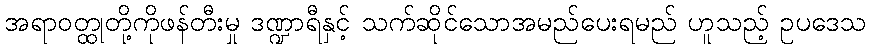
အရာဝတ္ထုတို့ကိုဖန်တီးမှု ဒဏ္ဍာရီနှင့် သက်ဆိုင်သောအမည်ပေးရမည် ဟူသည့် ဥပဒေသ